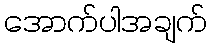
အောက်ပါအချက်